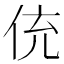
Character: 𬾁